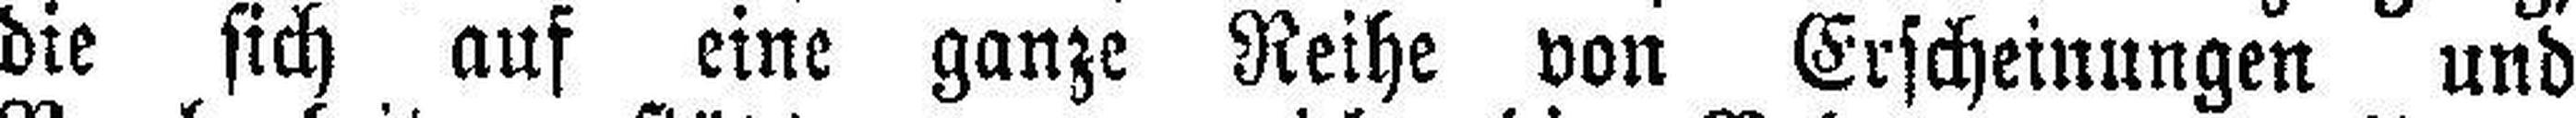
die sich auf eine ganze Reihe von Erscheinungen und